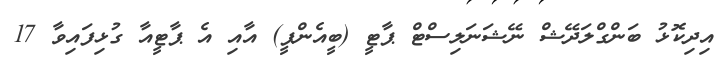
އިދިކޮޅު ބަންގްލަދޭޝް ނޭޝަނަލިސްޓް ޕާޓީ (ބީއެންޕީ) އާއި އެ ޕާޓީއާ ގުޅިފައިވާ 17